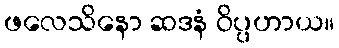
ဖလေသိနော ဆဒနံ ဝိပ္ပဟာယ။